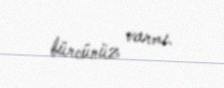
bürcünüz varmı.